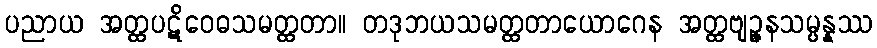
ပညာယ အတ္ထပဋိဝေဓသမတ္ထတာ။ တဒုဘယသမတ္ထတာယောဂေန အတ္ထဗျဉ္ဇနသမ္ပန္နဿ